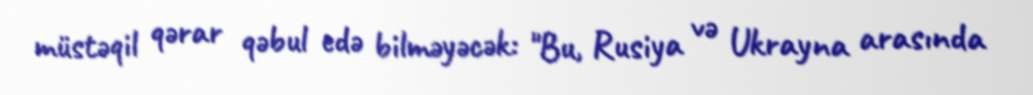
müstəqil qərar qəbul edə bilməyəcək: "Bu, Rusiya və Ukrayna arasında